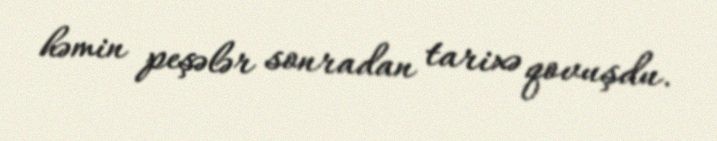
həmin peşələr sonradan tarixə qovuşdu.